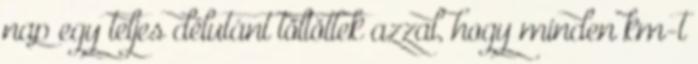
nap egy teljes délutánt töltöttek azzal, hogy minden km-t